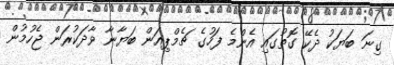
ގިނަ ބަޔަކު ދެކޭ ގޮތުގައި އެންމެ ފަހުގެ ޗެމްޕިއަން ބަޔާނާ ވާދަކުރަން ޖެހުމުން